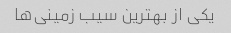
یکی از بهترین سیب زمینی‌ها